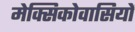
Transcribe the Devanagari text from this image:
मेक्सिकोवासियों